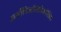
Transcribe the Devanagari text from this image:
अर्सोडिऑक्सीकोलिक